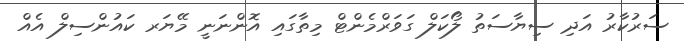
ސަރުކާރު އަދި ސިޔާސަތު ލޯކަލް ގަވަރްމެންޓް މިތާގައި އޮންނަނީ މޭޔަރ ކައުންސިލް އެއް